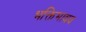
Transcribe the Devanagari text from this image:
भक्तिभावव